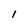
Character: I